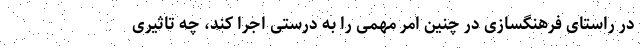
در راستای فرهنگسازی در چنین امر مهمی را به درستی اجرا کند، چه تاثیری